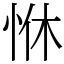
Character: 恘